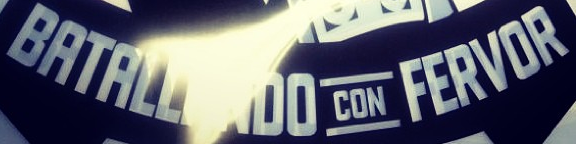
BATALL DO CON FERVOR